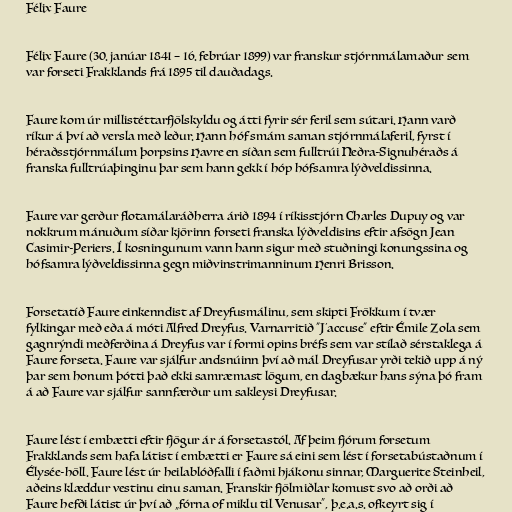
Félix Faure

Félix Faure (30. janúar 1841 – 16. febrúar 1899) var franskur stjórnmálamaður sem
var forseti Frakklands frá 1895 til dauðadags.

Faure kom úr millistéttarfjölskyldu og átti fyrir sér feril sem sútari. Hann varð
ríkur á því að versla með leður. Hann hóf smám saman stjórnmálaferil, fyrst í
héraðsstjórnmálum þorpsins Havre en síðan sem fulltrúi Neðra-Signuhéraðs á
franska fulltrúaþinginu þar sem hann gekk í hóp hófsamra lýðveldissinna.

Faure var gerður flotamálaráðherra árið 1894 í ríkisstjórn Charles Dupuy og var
nokkrum mánuðum síðar kjörinn forseti franska lýðveldisins eftir afsögn Jean
Casimir-Periers. Í kosningunum vann hann sigur með stuðningi konungssina og
hófsamra lýðveldissinna gegn miðvinstrimanninum Henri Brisson.

Forsetatíð Faure einkenndist af Dreyfusmálinu, sem skipti Frökkum í tvær
fylkingar með eða á móti Alfred Dreyfus. Varnarritið "J’accuse" eftir Émile Zola sem
gagnrýndi meðferðina á Dreyfus var í formi opins bréfs sem var stílað sérstaklega á
Faure forseta. Faure var sjálfur andsnúinn því að mál Dreyfusar yrði tekið upp á ný
þar sem honum þótti það ekki samræmast lögum, en dagbækur hans sýna þó fram
á að Faure var sjálfur sannfærður um sakleysi Dreyfusar.

Faure lést í embætti eftir fjögur ár á forsetastól. Af þeim fjórum forsetum
Frakklands sem hafa látist í embætti er Faure sá eini sem lést í forsetabústaðnum í
Élysée-höll. Faure lést úr heilablóðfalli í faðmi hjákonu sinnar, Marguerite Steinheil,
aðeins klæddur vestinu einu saman. Franskir fjölmiðlar komust svo að orði að
Faure hefði látist úr því að „fórna of miklu til Venusar“, þ.e.a.s. ofkeyrt sig í